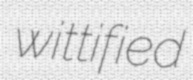
wittified